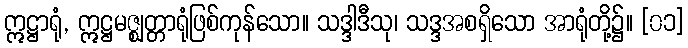
ဣဋ္ဌာရုံ, ဣဋ္ဌမဇ္ဈတ္တာရုံဖြစ်ကုန်သော။ သဒ္ဒါဒီသု၊ သဒ္ဒအစရှိသော အာရုံတို့၌။ [၀၁]